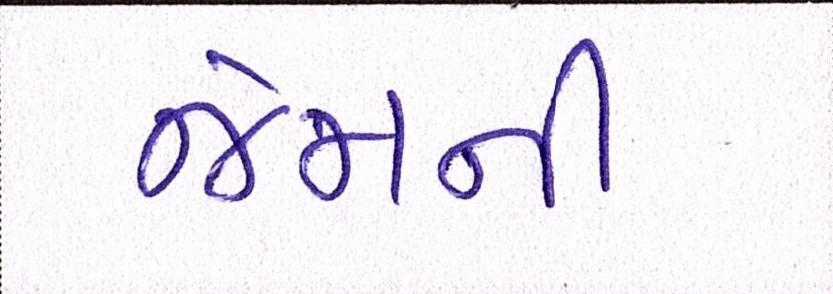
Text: જેમની